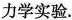
力学实验.